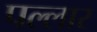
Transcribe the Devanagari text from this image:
पल्लार